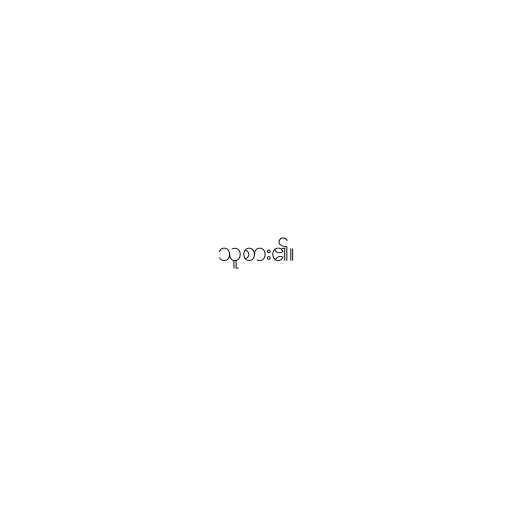
သူစား၏။